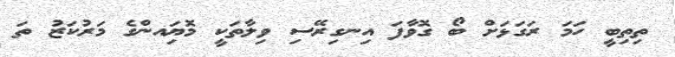
ތިިތިބީ ހަމަ ރަގަޅަށް ބޯ ގޮވާފަ އިނގިރޭސި ވިލާތަކީ މޮޔަިއންގެ މަރުކަޒު ތަ